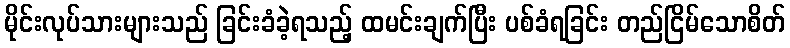
မိုင်းလုပ်သားများသည် ခြင်းခံခဲ့ရသည့် ထမင်းချက်ပြီး ပစ်ခံရခြင်း တည်ငြိမ်သောစိတ်